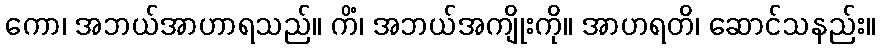
ကော၊ အဘယ်အာဟာရသည်။ ကိံ၊ အဘယ်အကျိုးကို။ အာဟရတိ၊ ဆောင်သနည်း။